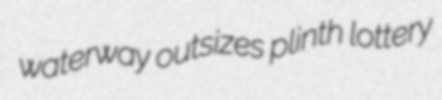
waterway outsizes plinth lottery